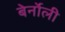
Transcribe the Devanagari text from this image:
बेर्नोली